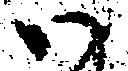
い